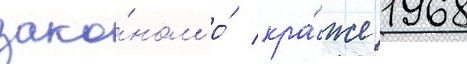
зако́ном о́ кра́же 1968